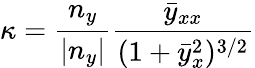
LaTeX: \kappa=\frac{n_{y}}{|n_{y}|}\frac{\bar{y}_{xx}}{(1+\bar{y}_{x}^{2})^{3/2}}